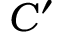
C ^ { \prime }